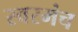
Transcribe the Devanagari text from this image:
स्वरमंच